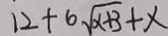
1 2 + 6 \sqrt { x + 3 } + x